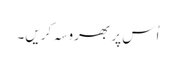
اُس پر بھروسہ کریں۔